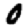
Digit: 0